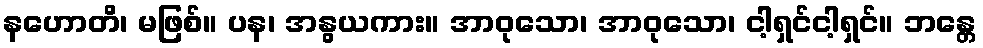
နဟောတိ၊ မဖြစ်။ ပန၊ အနွယကား။ အာဝုသော၊ အာဝုသော၊ ငါ့ရှင်ငါ့ရှင်။ ဘန္တေ